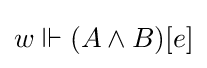
w\Vdash (A\land B)[e]